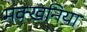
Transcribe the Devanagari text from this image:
मक्खनिया